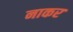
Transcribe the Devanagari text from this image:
नाकर